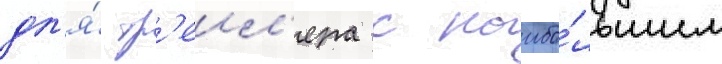
дл'я́ тр'еил'ера с наибо́льшим